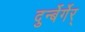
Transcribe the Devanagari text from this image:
दुर्न्बेर्गेर्